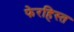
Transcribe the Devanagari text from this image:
फेरहिस्त